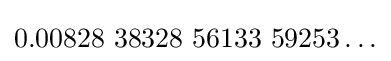
0{.}00828{\text{ }}38328{\text{ }}56133{\text{ }}59253\ldots